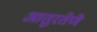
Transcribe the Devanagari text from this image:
आतुरतेणे